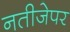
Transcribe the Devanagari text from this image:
नतीजेपर